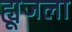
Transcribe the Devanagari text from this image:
ह्यूजला